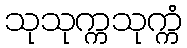
သုသုက္ကသုက္ကံ